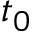
t _ { 0 }